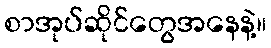
စာအုပ်ဆိုင်တွေအနေနဲ့။